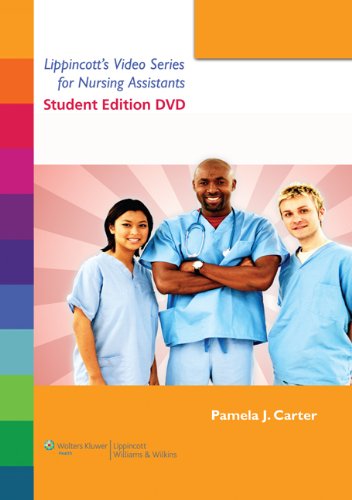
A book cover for Lippincott Video Series for Nursing Assistants: Student DVD; Pamela J. Carter RN  BSN  MEd  CNOR; Medical Books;